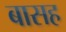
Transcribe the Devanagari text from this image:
बासह